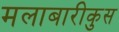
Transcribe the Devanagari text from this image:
मलाबारीकुस